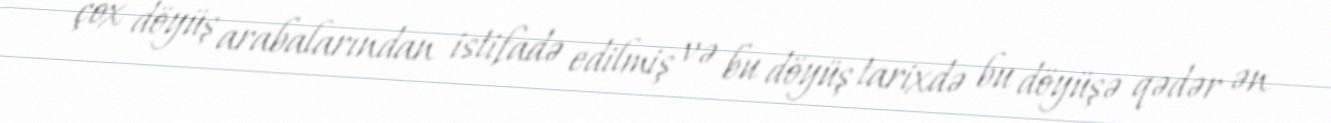
çox döyüş arabalarından istifadə edilmiş və bu döyüş tarixdə bu döyüşə qədər ən